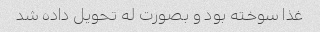
غذا سوخته بود و بصورت له تحویل داده شد